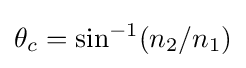
\theta _{c}=\sin ^{-1}(n_{2}/n_{1})